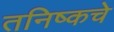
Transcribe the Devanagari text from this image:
तनिष्कचे